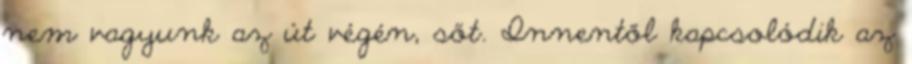
nem vagyunk az út végén, sőt. Innentől kapcsolódik az